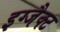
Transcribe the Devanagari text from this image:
इग्जैक्ट